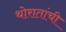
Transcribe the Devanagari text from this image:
थोरातांची